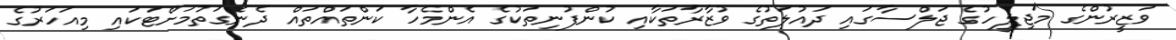
ވަޒީރުންގެ މަޖިލީހުގެ ޖަލްސާގައި ދައުލަތުގެ ވުޒާރާތަކާއި ކުންފުނިތަކުގެ އެންމެހާ ކަންތައްތައް ދެނެގަތުމަށްޓަކައި މިއަހަރުގެ